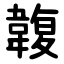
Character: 䪖